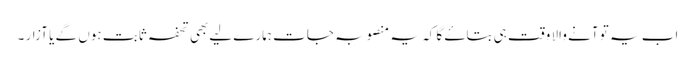
اب یہ تو آنے والا وقت ہی بتاۓ گا کہ یہ منصوبہ جات ہمارے لیےبھی تحفہ ثابت ہوں گے یا آزار ۔